Plague in India, 1896, 1897 - Volume 2
Year: 1896
Disease focus: Plague
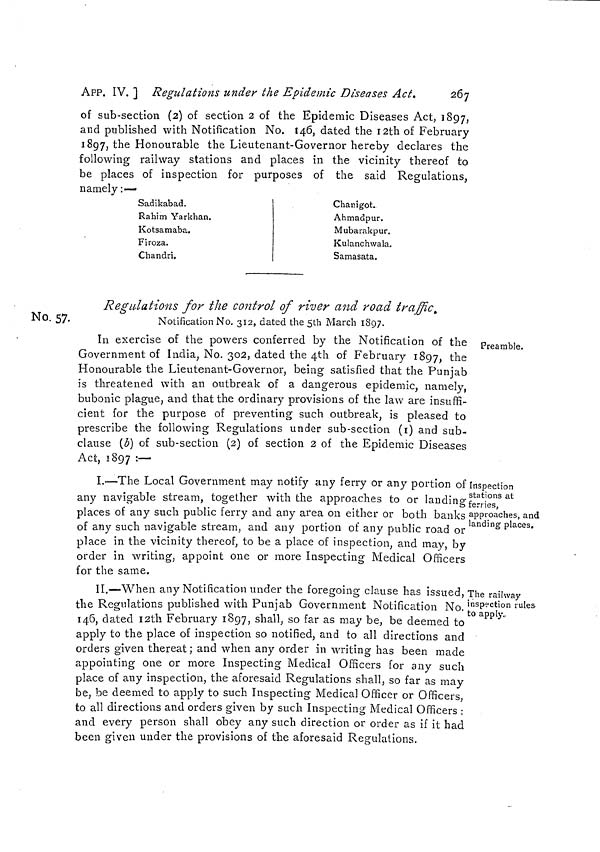
267
APP. IV. ] Regulations under the Epidemic Diseases Act»
of sub-section (2) of section 2 of the Epidemic Diseases Act, 1897,
and published with Notification No. 146, dated the I2th of February
1897, the Honourable the Lieutenant-Governor hereby declares the
following railway stations and places in the vicinity thereof to
be places of inspection for purposes of the said Regulations,
namely :—
Sadikabad.
Rahim Yarkhan.
Kotsamaba.
Firoza.
Chandri.
Chanigot.
Ahmadpur.
Mubarakpur.
Kulanchwala.
Samasata.
Regulations for the control of river and road traffic.
Notification No. 312, dated the 5th March 1897.
No. 57.
Preamble.
In exercise of the powers conferred by the Notification of the
Government of India, No. 302, dated the 4th of February 1897, the
Honourable the Lieutenant-Governor, being satisfied that the Punjab
is threatened with an outbreak of a dangerous epidemic, namely,
bubonic plague, and that the ordinary provisions of the law are insuffi-
cient for the purpose of preventing such outbreak, is pleased to
prescribe the following Regulations under sub-section (1) and sub-
clause (b) of sub-section (2) of section 2 of the Epidemic Diseases
Act, 1897 :—
Inspection
stations at
ferries,
approaches, and
landing places.
I.—The Local Government may notify any ferry or any portion of
any navigable stream, together with the approaches to or landing
places of any such public ferry and any area on either or both banks
of any such navigable stream, and any portion of any public road or
place in the vicinity thereof, to be a place of inspection, and may, by
order in writing, appoint one or more Inspecting Medical Officers
for the same.
The railway
inspection rules
to apply,
II.—When any Notification under the foregoing clause has issued,
the Regulations published with Punjab Government Notification No.
146, dated I2th February 1897, shall, so far as may be, be deemed to
apply to the place of inspection so notified, and to all directions and
orders given thereat; and when any order in writing has been made
appointing one or more Inspecting Medical Officers for any such
place of any inspection, the aforesaid Regulations shall, so far as may
be, be deemed to apply to such Inspecting Medical Officer or Officers,
to all directions and orders given by such Inspecting Medical Officers :
and every person shall obey any such direction or order as if it had
been given under the provisions of the aforesaid Regulations.